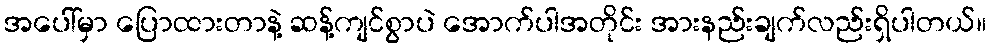
အပေါ်မှာ ပြောထားတာနဲ့ ဆန့်ကျင်စွာပဲ အောက်ပါအတိုင်း အားနည်းချက်လည်းရှိပါတယ်။